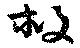
救